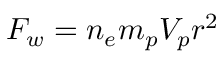
F _ { w } = n _ { e } m _ { p } V _ { p } r ^ { 2 }